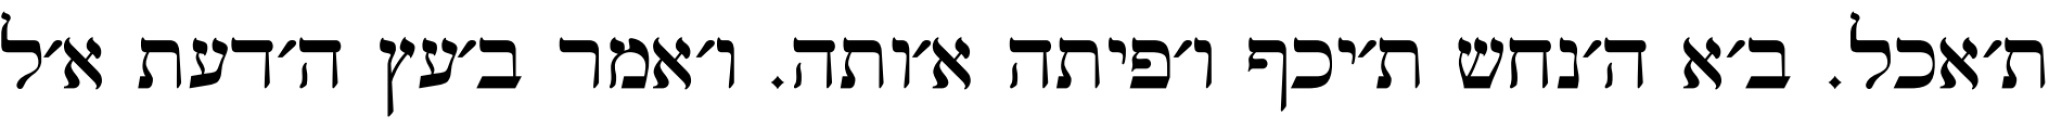
ת׳אכל. ב׳א ה׳נחש ת׳יכף ו׳פיתה א׳ותה. ו׳אמר ב׳עץ ה׳דעת א׳ל